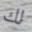
لك